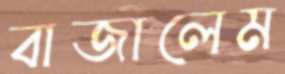
বাজালেম